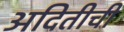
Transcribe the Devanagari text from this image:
अदितीची